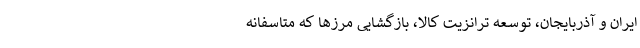
ایران و آذربایجان، توسعه ترانزیت کالا، بازگشایی مرزها که متاسفانه